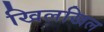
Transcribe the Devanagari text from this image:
खिलखिल